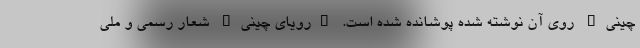
چینی" روی آن نوشته شده پوشانده شده است. "رویای چینی" شعار رسمی و ملی